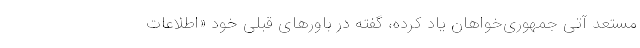
مستعد آتی جمهوری‌خواهان یاد کرده، گفته در باورهای قبلی خود «اطلاعات